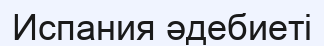
Испания әдебиеті